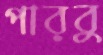
পারবু